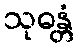
သုဓန္တံ